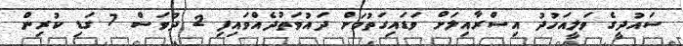
ސައުދީގެ ވަލީއަހުދު އިސްރާއިލަށް ވަޑައިގަތުމަށް ދައުވަތުދެއްވައިފި 2 ދުވަސް 7 ގަޑި ކުރިން